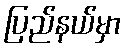
ပြည်နယ်မှာ